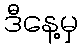
ဒီနေ့မှ